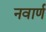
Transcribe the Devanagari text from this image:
नवार्ण